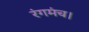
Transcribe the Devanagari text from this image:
रंगमंच।